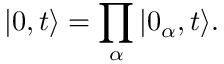
\vert 0 , t \rangle = \prod _ { \alpha } \vert 0 _ { \alpha } , t \rangle .